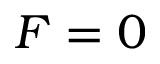
F = 0